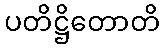
ပတိဋ္ဌိတောတိ